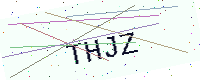
Text: THJZ